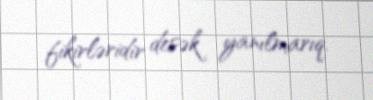
fikirləridir desək yanılmarıq.